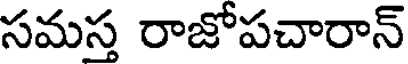
సమస్త రాజోపచారాన్